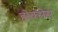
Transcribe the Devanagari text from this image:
होक्सेस